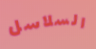
السلاسل